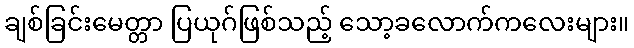
ချစ်ခြင်းမေတ္တာ ပြယုဂ်ဖြစ်သည့် သော့ခလောက်ကလေးများ။